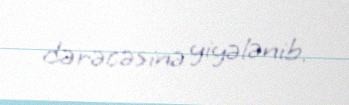
dərəcəsinə yiyələnib.